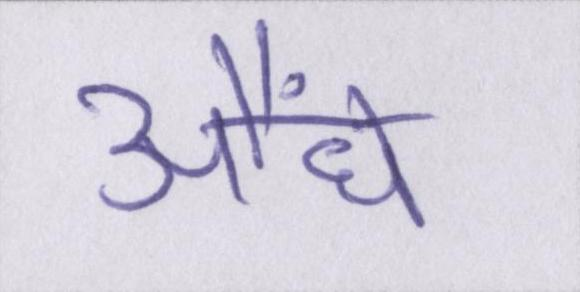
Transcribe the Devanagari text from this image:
औंधे